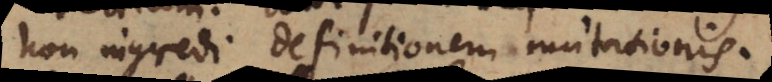
non ingredi definitionem mutationis.